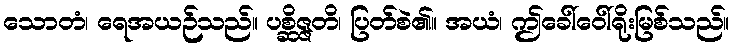
သောတံ၊ ရေအယဉ်သည်။ ပစ္ဆိဇ္ဇတိ၊ ပြတ်စဲ၏။ အယံ၊ ဤခေါ်ဝေါ်ရိုးမြစ်သည်။